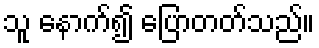
သူ နောက်၍ ပြောတတ်သည်။